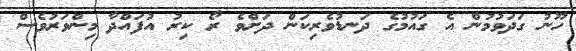
ހޫނު ގަދަވުމުން އެ ގައުމުގެ ދަނޑުވެރިކަން ދަށްވެ ރޯ ކިރު އުފައްދާ މިންވަރުވެސް